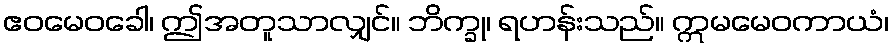
ဧဝမေဝခေါ၊ ဤအတူသာလျှင်။ ဘိက္ခု၊ ရဟန်းသည်။ ဣမမေဝကာယံ၊